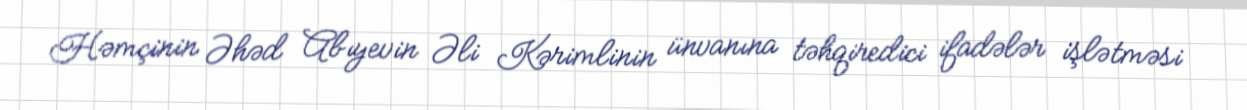
Həmçinin Əhəd Abıyevin Əli Kərimlinin ünvanına təhqiredici ifadələr işlətməsi